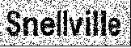
Snellville